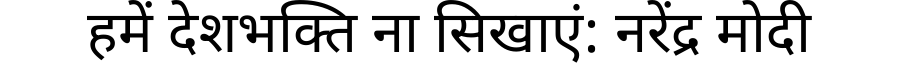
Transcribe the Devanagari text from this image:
हमें देशभक्ति ना सिखाएं: नरेंद्र मोदी